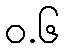
ဝ.၆